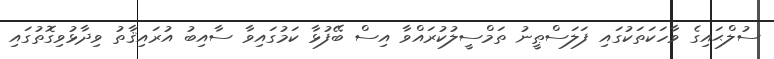
ސުލްޙައިގެ ވާހަކަތަކުގައި ފަލަސްޠީނު ތަމްސީލުކުރައްވާ އިސް ބޭފުޅާ ކަމުގައިވާ ސާއިބު އުރައިޤާތު ވިދާޅުވިގޮތުގައި